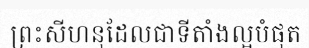
ព្រះសីហនុដែលជាទីតាំងល្អបំផុត